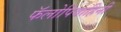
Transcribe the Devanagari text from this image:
फॅलोपिवाहिनी